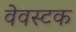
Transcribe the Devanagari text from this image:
वेवस्टक